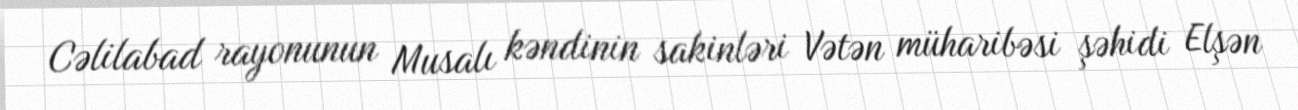
Cəlilabad rayonunun Musalı kəndinin sakinləri Vətən müharibəsi şəhidi Elşən